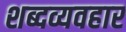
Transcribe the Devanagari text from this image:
शब्दव्यवहार